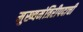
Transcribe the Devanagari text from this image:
मुख्यमंत्रिरीपदाची